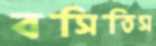
বসিতিস